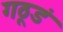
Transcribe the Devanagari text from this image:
गठूडं